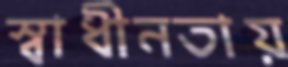
স্বাধীনতায়